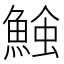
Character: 𩸈